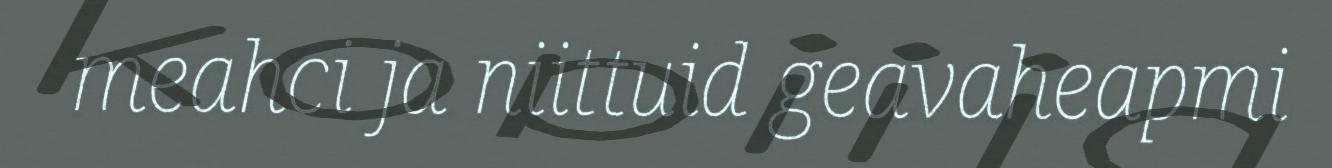
meahci ja niittuid geavaheapmi